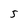
Character: 5